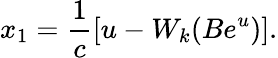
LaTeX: x_{1}=\frac{1}{c}\left[u-W_{k}(Be^{u})\right].